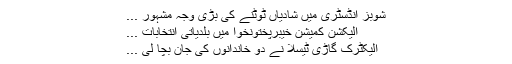
شوبز انڈسٹری میں شادیاں ٹوٹنے کی بڑی وجہ مشہور ...
الیکشن کمیشن خیبرپختونخوا میں بلدیاتی انتخابات ...
الیکٹرک گاڑی ٹیسلا نے دو خاندانوں کی جان بچا لی ...